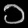
Digit: ၁